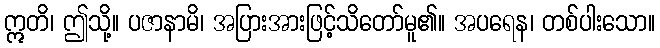
ဣတိ၊ ဤသို့။ ပဇာနာမိ၊ အပြားအားဖြင့်သိတော်မူ၏။ အပရေန၊ တစ်ပါးသော။